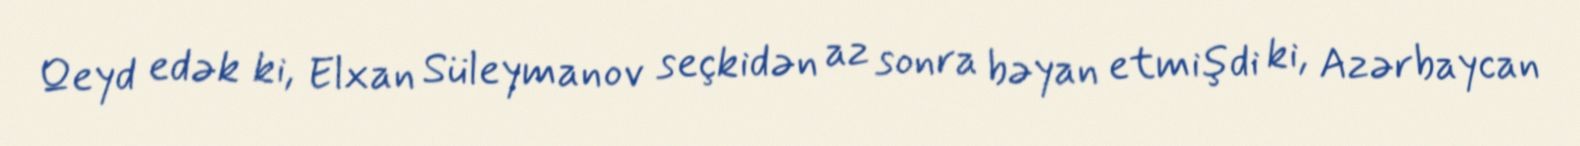
Qeyd edək ki, Elxan Süleymanov seçkidən az sonra bəyan etmişdi ki, Azərbaycan